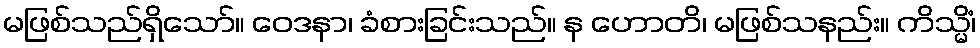
မဖြစ်သည်ရှိသော်။ ဝေဒနာ၊ ခံစားခြင်းသည်။ န ဟောတိ၊ မဖြစ်သနည်း။ ကိသ္မိံ၊